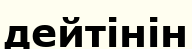
дейтінін